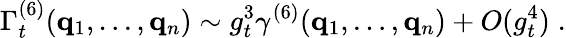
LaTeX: \Gamma_{t}^{(6)}({\mathbf{q}}_{1},\ldots,{\mathbf{q}}_{n})\sim g_{t}^{3}\gamma^{(6)}({\mathbf{q}}_{1},\ldots,{\mathbf{q}}_{n})+O(g_{t}^{4})\; .